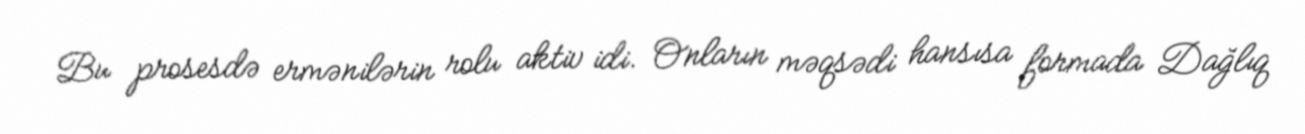
Bu prosesdə ermənilərin rolu aktiv idi. Onların məqsədi hansısa formada Dağlıq